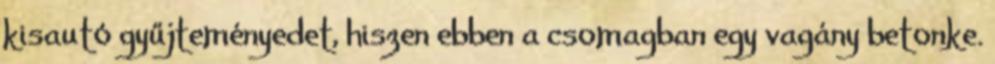
kisautó gyűjteményedet, hiszen ebben a csomagban egy vagány betonke.